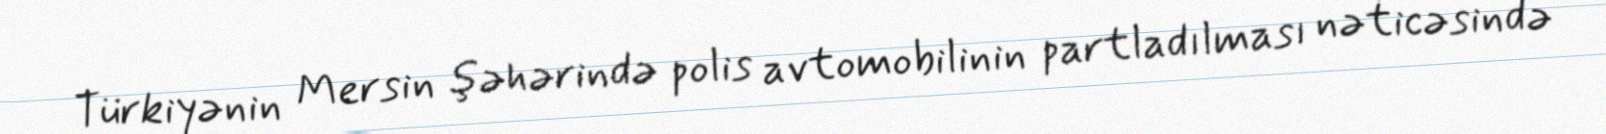
Türkiyənin Mersin şəhərində polis avtomobilinin partladılması nəticəsində